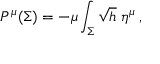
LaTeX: P ^ { \mu } ( \Sigma ) = - \mu \int _ { \Sigma } \sqrt { h } \; \eta ^ { \mu } \, ,